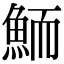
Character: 鮞